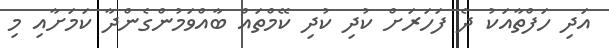
އަދި ހަފްތާއަކު ދެ ފަހަރަށް ކުދި ކުދި ކޭމްތައް ބާއްވަމުންގެންދާ ކަމަށާއި މި